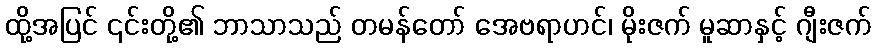
ထို့အပြင် ၎င်းတို့၏ ဘာသာသည် တမန်တော် အေဗရာဟင်၊ မိုးဇက် မူဆာနှင့် ဂျီးဇက်